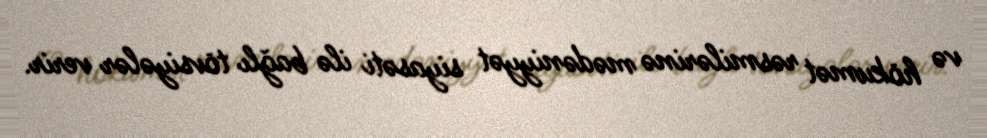
və hökumət rəsmilərinə mədəniyyət siyasəti ilə bağlı tövsiyələr verir.